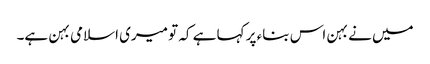
میں نے بہن اس بناء پر کہا ہے کہ تو میری اسلامی بہن ہے۔